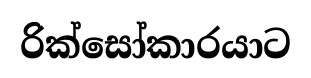
රික්සෝකාරයාට